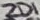
Text: ZD1